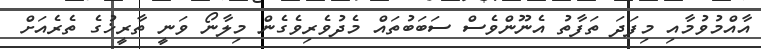
އާއްމުވުމާއި މިފަދަ ތަފާތު އެނޫންވެސް ސަބަބުތައް މެދުވެރިވެގެން މިލާނޯ ވަނީ ތާރީޚުގެ ތެރެއަށް